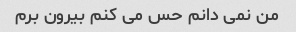
من نمی دانم حس می کنم بیرون برم